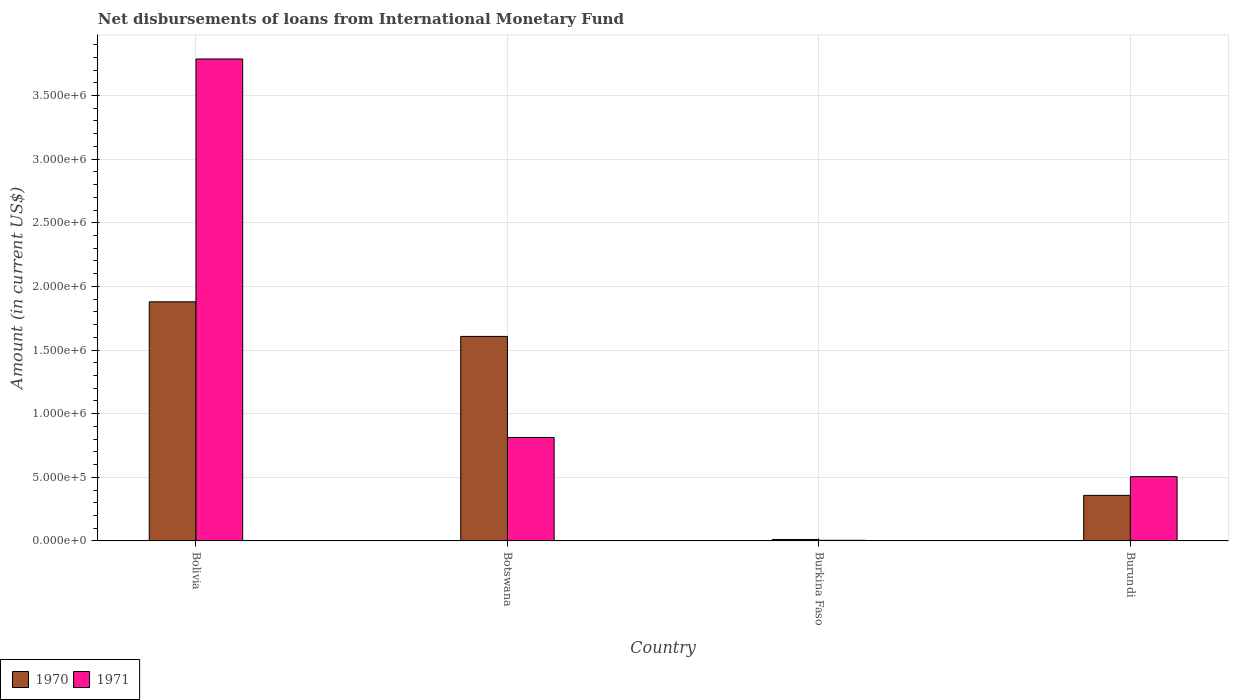
| Country | 1970 | 1971 |
 | --- | --- | --- |
 | Bolivia | 1.88e+06 | 3.79e+06 |
 | Botswana | 1.61e+06 | 8.13e+05 |
 | Burkina Faso | 1.1e+04 | 5e+03 |
 | Burundi | 3.58e+05 | 5.05e+05 |